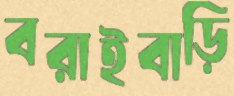
বরাইবাড়ি